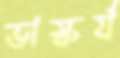
ভাস্কর্য